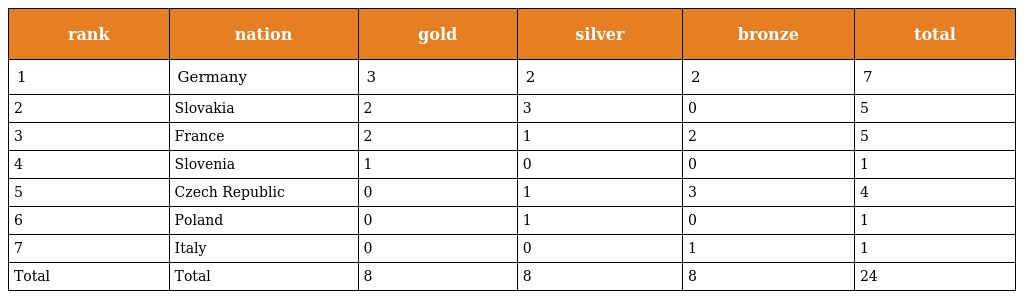
| rank | nation | gold | silver | bronze | total |
 | --- | --- | --- | --- | --- | --- |
 | 1 | Germany | 3 | 2 | 2 | 7 |
 | 2 | Slovakia | 2 | 3 | 0 | 5 |
 | 3 | France | 2 | 1 | 2 | 5 |
 | 4 | Slovenia | 1 | 0 | 0 | 1 |
 | 5 | Czech Republic | 0 | 1 | 3 | 4 |
 | 6 | Poland | 0 | 1 | 0 | 1 |
 | 7 | Italy | 0 | 0 | 1 | 1 |
 | Total | Total | 8 | 8 | 8 | 24 |